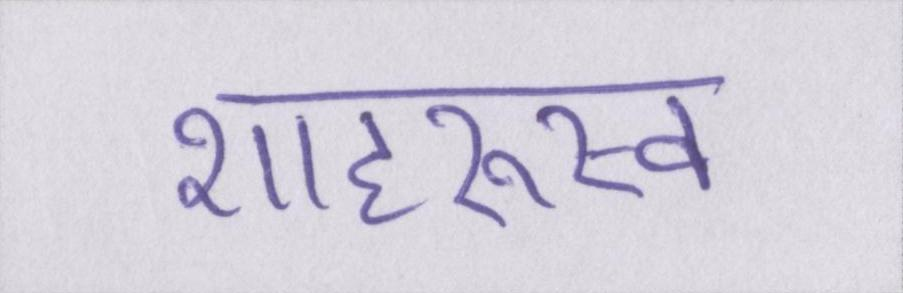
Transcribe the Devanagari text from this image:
शाहरुख